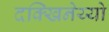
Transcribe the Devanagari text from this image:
दक्खिनेय्यो